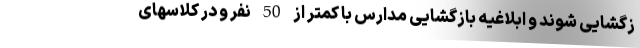
زگشایی شوند و ابلاغیه بازگشایی مدارس با کمتر از 50 نفر و در کلاسهای